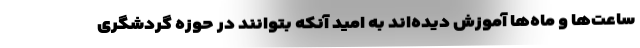
ساعت‌ها و ماه‌ها آموزش دیده‌اند به امید آنکه بتوانند در حوزه گردشگری